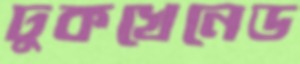
ঢুকখেনেড